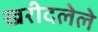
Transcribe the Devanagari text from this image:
खरीदलेले